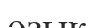
озык